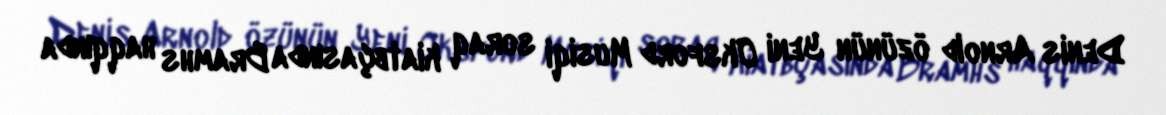
Denis Arnold özünün Yeni Oksford Musiqi soraq kiatbçasında Bramhs haqqında